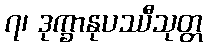
၇၊ ဒုက္ခာနုပဿီသုတ္တ